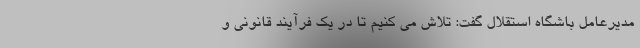
مدیرعامل باشگاه استقلال گفت: تلاش می کنیم تا در یک فرآیند قانونی و